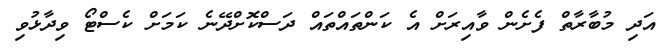
އަދި މުބާރާތް ފެށެން ވާއިރަށް އެ ކަންތައްތައް ދަސްކޮށްދޭނެ ކަމަށް ކެސްޓޯ ވިދާޅުވި